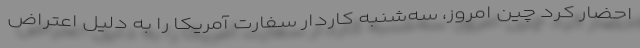
احضار کرد چین امروز، سه‌شنبه کاردار سفارت آمریکا را به دلیل اعتراض